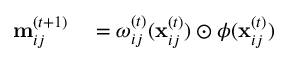
\begin{array} { r l } { \mathbf { m } _ { i j } ^ { ( t + 1 ) } } & { { } = \boldsymbol { \omega } _ { i j } ^ { ( t ) } ( \mathbf { x } _ { i j } ^ { ( t ) } ) \odot \boldsymbol { \phi } ( \mathbf { x } _ { i j } ^ { ( t ) } ) } \end{array}